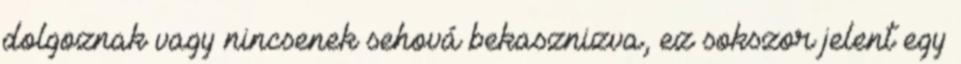
dolgoznak vagy nincsenek sehová bekasznizva, ez sokszor jelent egy